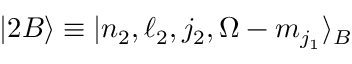
| 2 B \rangle \equiv | n _ { 2 } , \ell _ { 2 } , j _ { 2 } , \Omega - m _ { j _ { 1 } } \rangle _ { B }